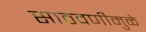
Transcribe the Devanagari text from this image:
साठवणीमुळे